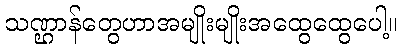
သဏ္ဌာန်တွေဟာအမျိုးမျိုးအထွေထွေပေါ့။